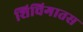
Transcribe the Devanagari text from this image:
शिचिगातस